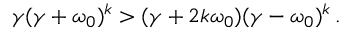
\begin{array} { r } { \gamma ( \gamma + \omega _ { 0 } ) ^ { k } > ( \gamma + 2 k \omega _ { 0 } ) ( \gamma - \omega _ { 0 } ) ^ { k } \, . } \end{array}